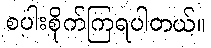
စပါးစိုက်ကြရပါတယ်။